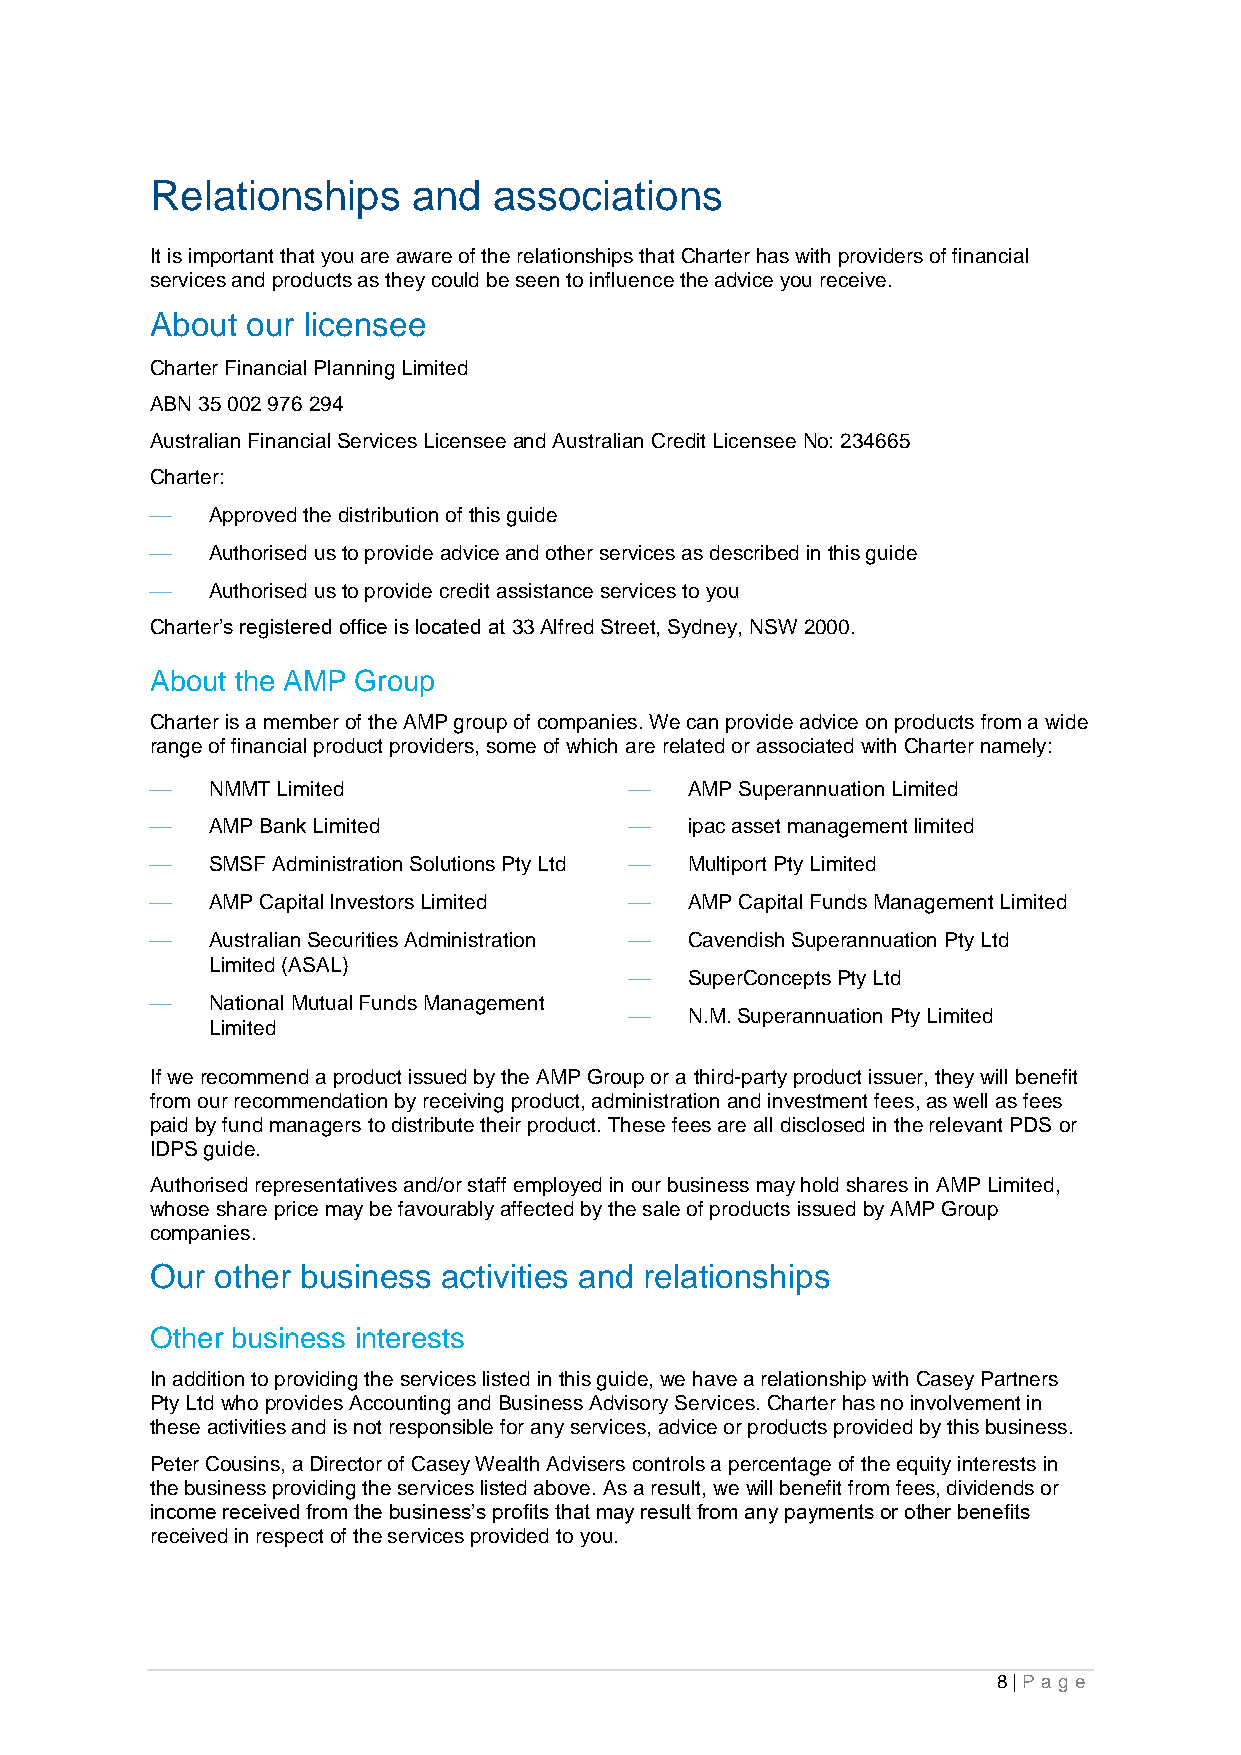
Relationships    and   associations
 It is important that you are aware of the relationships that Charter has with providers of financial
 services and products as they could be seen to influence the advice you receive.
 About our licensee
 Charter Financial Planning Limited
 ABN 35 002 976 294
 Australian Financial Services Licensee and Australian Credit Licensee No: 234665
 Charter:
 ⎯   Approved the distribution of this guide
 ⎯   Authorised us to provide advice and other services as described in this guide
 ⎯   Authorised us to provide credit assistance services to you
 Charter’s registered office is located at 33 Alfred Street, Sydney, NSW 2000.
 About the AMP Group
 Charter is a member of the AMP group of companies. We can provide advice on products from a wide
 range of financial product providers, some of which are related or associated with Charter namely:
 ⎯   NMMT Limited                ⎯   AMP Superannuation Limited
 ⎯   AMP Bank Limited            ⎯   ipac asset management limited
 ⎯   SMSF Administration Solutions Pty Ltd ⎯ Multiport Pty Limited
 ⎯   AMP Capital Investors Limited ⎯ AMP Capital Funds Management Limited
 ⎯   Australian Securities Administration ⎯ Cavendish Superannuation Pty Ltd
 Limited (ASAL)
 ⎯   SuperConcepts Pty Ltd
 ⎯   National Mutual Funds Management
 ⎯   N.M. Superannuation Pty Limited
 Limited
 If we recommend a product issued by the AMP Group or a third-party product issuer, they will benefit
 from our recommendation by receiving product, administration and investment fees, as well as fees
 paid by fund managers to distribute their product. These fees are all disclosed in the relevant PDS or
 IDPS guide.
 Authorised representatives and/or staff employed in our business may hold shares in AMP Limited,
 whose share price may be favourably affected by the sale of products issued by AMP Group
 companies.
 Our other business activities and relationships
 Other business interests
 In addition to providing the services listed in this guide, we have a relationship with Casey Partners
 Pty Ltd who provides Accounting and Business Advisory Services. Charter has no involvement in
 these activities and is not responsible for any services, advice or products provided by this business.
 Peter Cousins, a Director of Casey Wealth Advisers controls a percentage of the equity interests in
 the business providing the services listed above. As a result, we will benefit from fees, dividends or
 income received from the business’s profits that may result from any payments or other benefits
 received in respect of the services provided to you.
 8 | Pa g e